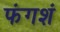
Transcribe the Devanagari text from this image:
फंगशं